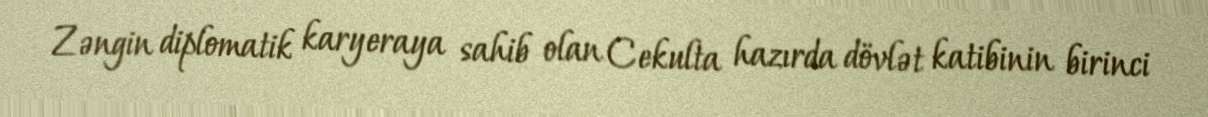
Zəngin diplomatik karyeraya sahib olan Cekulta hazırda dövlət katibinin birinci